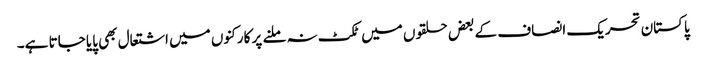
پاکستان تحریک انصاف کے بعض حلقوں میں ٹکٹ نہ ملنے پر کارکنوں میں اشتعال بھی پایا جاتا ہے۔